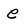
Character: e